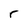
Character: r